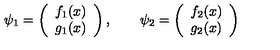
\psi _ { 1 } = \left( \begin{array} { c } { f _ { 1 } ( x ) } \\ { g _ { 1 } ( x ) } \\ \end{array} \right) , \qquad \psi _ { 2 } = \left( \begin{array} { c } { f _ { 2 } ( x ) } \\ { g _ { 2 } ( x ) } \\ \end{array} \right)